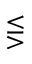
\lesseqgtr